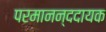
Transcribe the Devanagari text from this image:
परमानन्ददायक